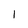
Character: 1